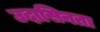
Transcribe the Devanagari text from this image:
उदासिनता